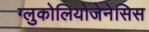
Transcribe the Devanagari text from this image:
ग्लुकोलियोजेनेसिस